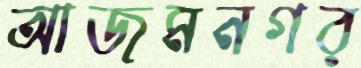
আজমনগর